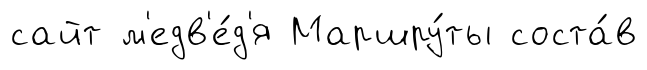
сайт м'едв'е́д'я Маршру́ты соста́в